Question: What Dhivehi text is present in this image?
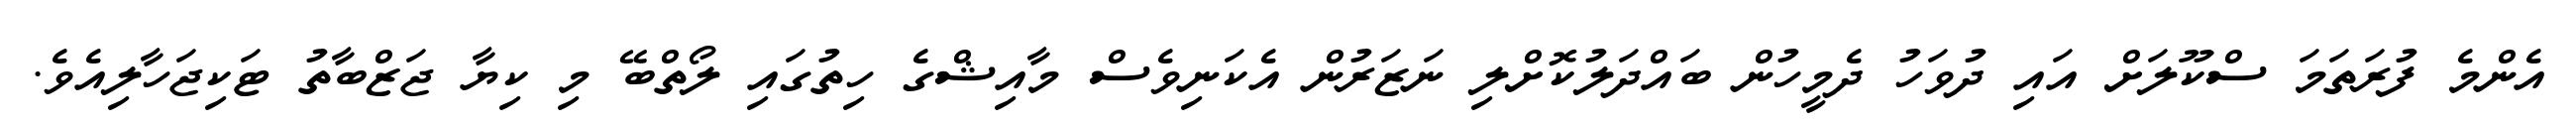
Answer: އެންމެ ފުރަތަމަ ސްކޫލަށް އައި ދުވަހު ދެމީހުން ބައްދަލުކޮށްލި ނަޒަރުން އެކަނިވެސް މާއިޝްގެ ހިތުގައި ލޯތްބޭ މި ކިޔާ ޖަޒްބާތު ޓަކިޖަހާލިއެވެ.